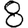
Digit: 8